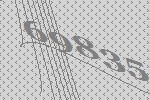
69835